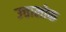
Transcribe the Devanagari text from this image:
उत्तालोक